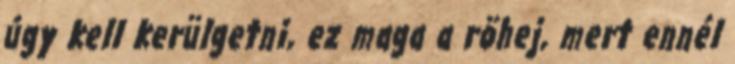
úgy kell kerülgetni, ez maga a röhej, mert ennél